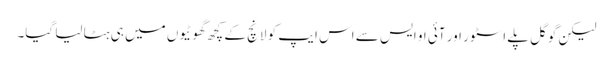
لیکن گوگل پلے اسٹور اور آئی او ایس سے اس ایپ کو لانچ کے کچھ گھوٹیوں میں ہی ہٹا لیا گیا۔